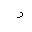
Letter: _dal